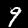
Label: 9